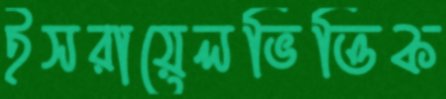
ইসরায়েলভিত্তিক